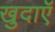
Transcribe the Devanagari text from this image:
खुदाएॅ